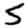
Digit: 5